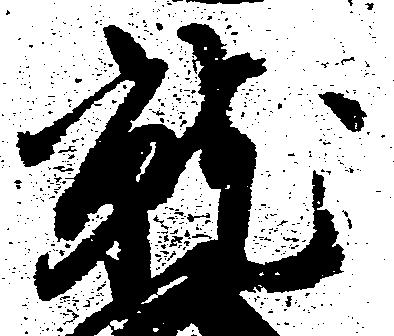
就